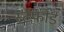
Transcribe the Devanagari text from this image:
स्टॅफोर्ड